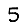
Digit: 5